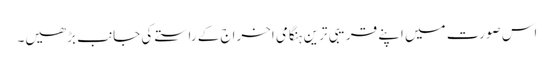
اس صورت میں اپنے قریبی ترین ہنگامی اخراج کے راستے کی جانب بڑھیں۔